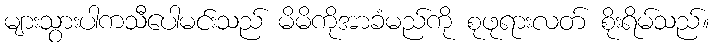
များသွားပါကသီပေါမင်းသည် မိမိကိုအာခံမည်ကို စုဖုရားလတ် စိုးရိမ်သည်။